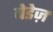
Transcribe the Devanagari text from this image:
बेडेज़